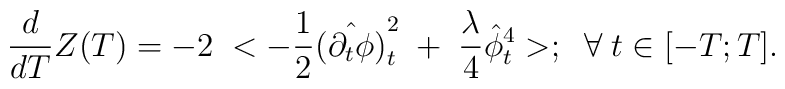
{d\over dT}Z(T)=-2\; <-{1\over 2}\hat {(\partial_{t}\phi)}_t^2\;+\;{\lambda\over 4}\hat \phi^4_t>;\;\;\forall\;t\in [-T;T].